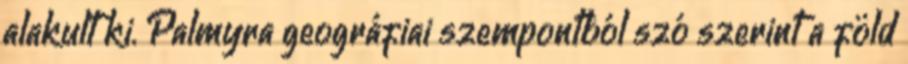
alakult ki. Palmyra geográfiai szempontból szó szerint a föld